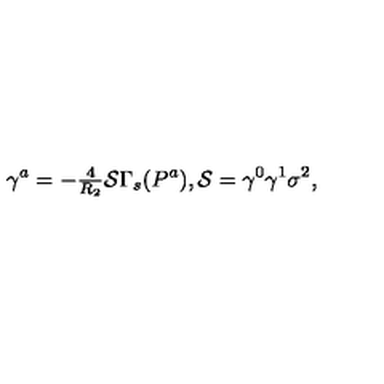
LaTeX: \gamma ^ { a } = - { \textstyle \frac { 4 } { R _ { 2 } } } \mathcal { S } \Gamma _ { s } ( P ^ { a } ) , \mathcal { S } = \gamma ^ { 0 } \gamma ^ { 1 } \sigma ^ { 2 } ,